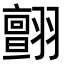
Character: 𦒜